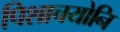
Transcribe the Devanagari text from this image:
पिशाचयोनि